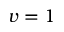
v = 1